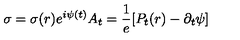
\sigma = \sigma ( r ) e ^ { i \psi ( t ) } A _ { t } = \frac { 1 } { e } [ P _ { t } ( r ) - \partial _ { t } \psi ]